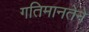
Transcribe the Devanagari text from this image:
गतिमानतेने